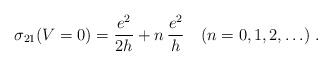
\begin{align*}\sigma_{21}(V=0) = \frac{e^2}{2h} + n \,\frac{e^2}{h} \quad (n=0,1,2,\ldots) \; .\end{align*}